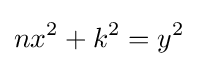
nx^{2}+k^{2}=y^{2}